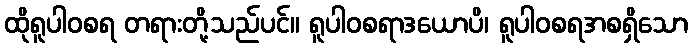
ထိုရူပါဝစရ တရားတို့သည်ပင်။ ရူပါဝစရာဒယောပိ၊ ရူပါဝစရအစရှိသော